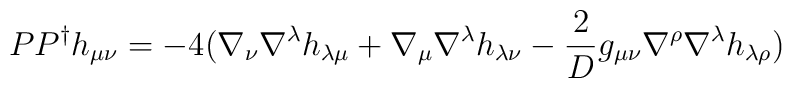
PP^{\dag} h_{\mu\nu} = -4 (\nabla_{\nu} \nabla^{\lambda}h_{\lambda\mu} + \nabla_{\mu} \nabla^{\lambda} h_{\lambda\nu}  -\frac{2}{D} g_{\mu\nu}  \nabla^{\rho} \nabla^{\lambda} h_{\lambda\rho})